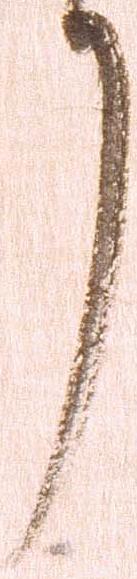
了